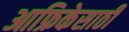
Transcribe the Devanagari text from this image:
आफ्रिकेसाठी